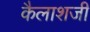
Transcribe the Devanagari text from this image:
कैलाशजी